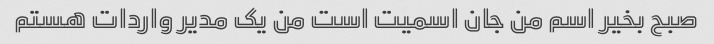
صبح بخیر اسم من جان اسمیت است من یک مدیر واردات هستم